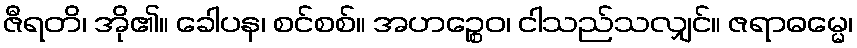
ဇီရတိ၊ အို၏။ ခေါပန၊ စင်စစ်။ အဟဉ္စေဝ၊ ငါသည်သလျှင်။ ဇရာဓမ္မေ၊